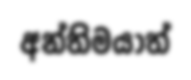
අන්තිමයාත්